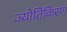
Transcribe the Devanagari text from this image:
ज्योतिकिरण